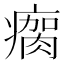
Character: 瘸